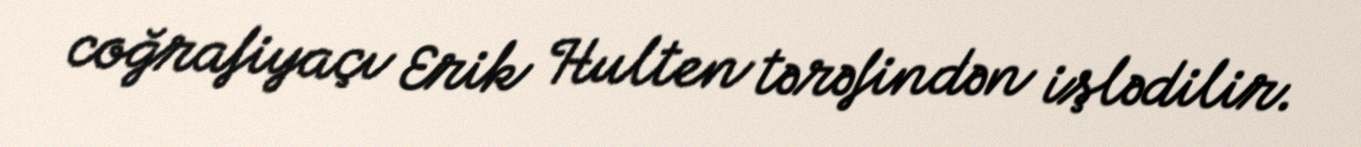
coğrafiyaçı Erik Hulten tərəfindən işlədilir.